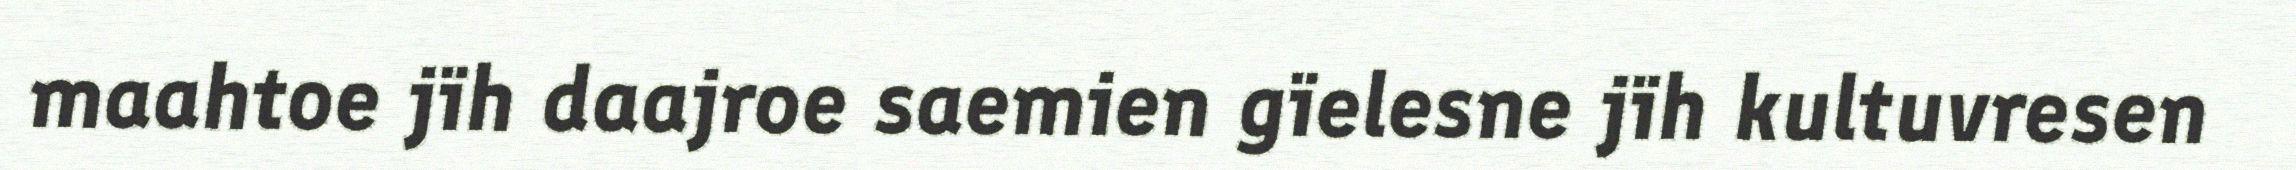
maahtoe jïh daajroe saemien gïelesne jïh kultuvresen